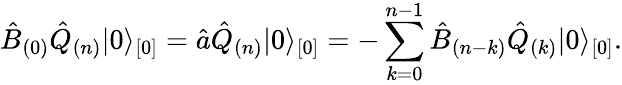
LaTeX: \hat{B}_{(0)}\hat{Q}_{(n)}\vert 0\rangle_{[0]}=\hat{a}\hat{Q}_{(n)}\vert 0\rangle_{[0]}=-\sum_{k=0}^{n-1}\hat{B}_{(n-k)}\hat{Q}_{(k)}\vert 0\rangle_{[0]}.